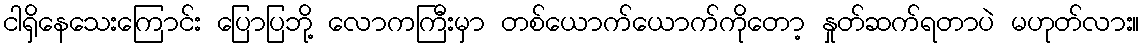
ငါရှိနေသေးကြောင်း ပြောပြဘို့ လောကကြီးမှာ တစ်ယောက်ယောက်ကိုတော့ နှုတ်ဆက်ရတာပဲ မဟုတ်လား။